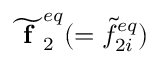
\widetilde { \textbf { f } } _ { 2 } ^ { e q } ( = \widetilde { f } _ { 2 i } ^ { e q } )